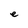
Character: e